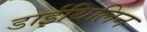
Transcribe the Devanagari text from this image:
डाईथिलिन